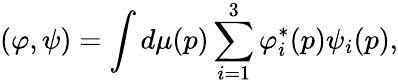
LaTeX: (\varphi,\psi)=\int d\mu(p)\sum_{i=1}^{3}\varphi_{i}^{\ast}(p)\psi_{i}(p),